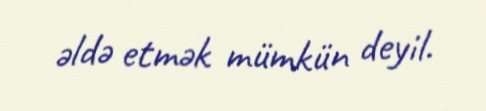
əldə etmək mümkün deyil.